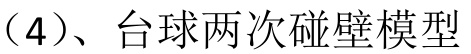
（4）、台球两次碰壁模型